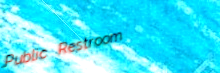
Public Restroom